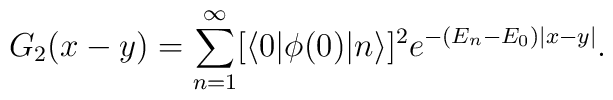
G_2(x-y)=\sum_{n=1}^\infty [\langle0|\phi(0)|n\rangle]^2 e^{-(E_n-E_0)|x-y|}.